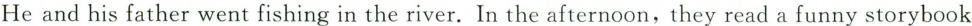
He and his father went fishing in the river.In the afternoon,they read a funny storybook